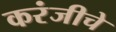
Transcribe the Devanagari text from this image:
करंजीचे